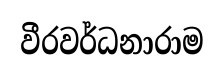
වීරවර්ධනාරාම